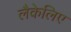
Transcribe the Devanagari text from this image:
लैकेलिए